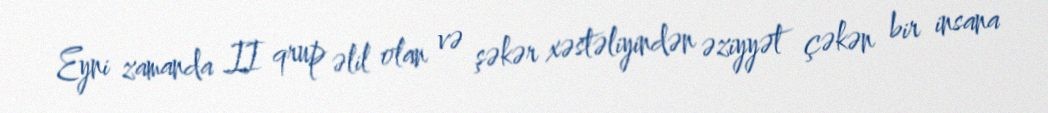
Eyni zamanda II qrup əlil olan və şəkər xəstəliyindən əziyyət çəkən bir insana